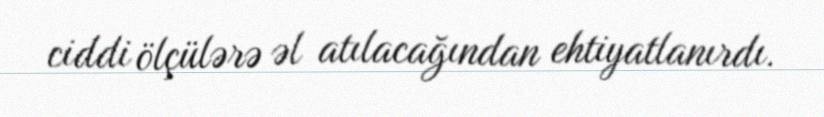
ciddi ölçülərə əl atılacağından ehtiyatlanırdı.